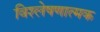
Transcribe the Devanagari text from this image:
विश्‍लेषणात्मक